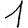
Digit: 1